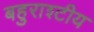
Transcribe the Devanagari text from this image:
बहुराश्टीय